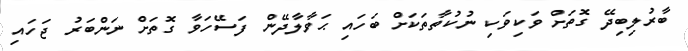
ބާރުލިބިދޭ ގޮތަށް ވަކިވަކި ނުކުތާތަކަށް ބަހައި ޙަވާލާދޭން ފަސޭހަވާ ގޮތަށް ނަންބަރު ޖަހައި